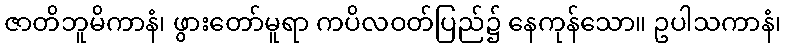
ဇာတိဘူမိကာနံ၊ ဖွားတော်မူရာ ကပိလဝတ်ပြည်၌ နေကုန်သော။ ဥပါသကာနံ၊